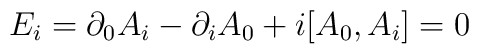
E_{i} = \partial_{0}A_{i} - \partial_{i}A_{0} + i[A_{0}, A_{i}] = 0